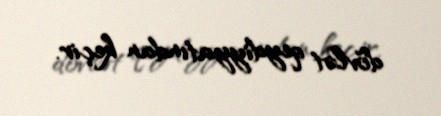
dövlət qeydiyyatından keçir.